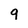
Character: q